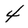
Character: 4